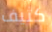
كثيف